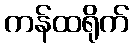
ကန်ထရိုက်